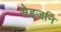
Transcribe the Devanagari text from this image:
सेहजनि